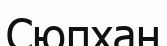
Сюпхан